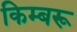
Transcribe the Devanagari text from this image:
किम्बरू